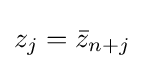
z_{j}={\bar {z}}_{n+j}